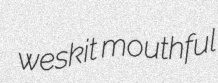
weskit mouthful